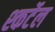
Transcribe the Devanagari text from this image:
श्कर्टेल